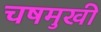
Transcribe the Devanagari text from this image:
चषमुखी